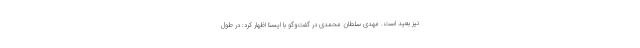
نیز بعید است. مهدی سلطان محمدی در گفت‌وگو با ایسنا اظهار کرد: در طول